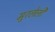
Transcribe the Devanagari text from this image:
मुरलेली